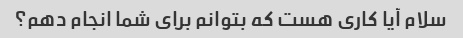
سلام آیا کاری هست که بتوانم برای شما انجام دهم؟